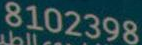
8102398